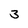
Character: 3